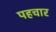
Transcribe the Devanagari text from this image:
पहचार